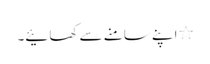
٭اپنے سامنے سے کھائیے۔